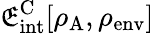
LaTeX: \mathfrak{E}_{\mathrm{{int}}}^{\mathrm{{C}}}[\rho_{\mathrm{{A}}},\rho_{\mathrm{{env}}}]